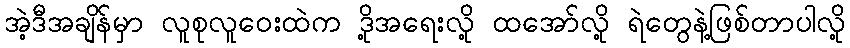
အဲ့ဒီအချိန်မှာ လူစုလူဝေးထဲက ဒို့အရေးလို့ ထအော်လို့ ရဲတွေနဲ့ဖြစ်တာပါလို့